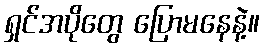
ရှင်အပိုတွေ ပြောမနေနဲ့။